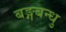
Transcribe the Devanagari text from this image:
बङ्गबन्धु